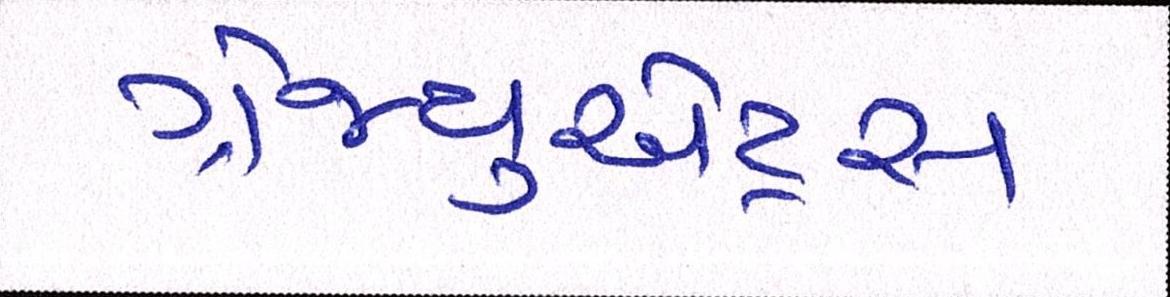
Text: ગ્રેજ્યુએટ્સ